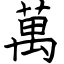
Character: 萬